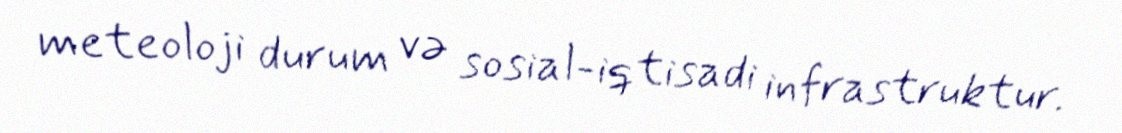
meteoloji durum və sosial-iqtisadi infrastruktur.